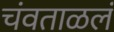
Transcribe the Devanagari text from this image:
चंवताळलं